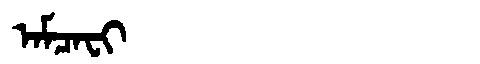
Manchu: ᠠᠮᠴᠠᠸᡳ
Romanization: AMCAFI